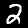
Digit: 2